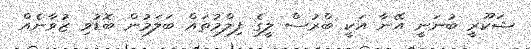
ޝަކޫރީ ބުނަނީ އޭނާ އަކީ ބްރުސް ލީގެ ފިލްމުތައް ބަލަމުން ބޮޑުވި ޒުވާނެއް